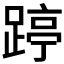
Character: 𰸥